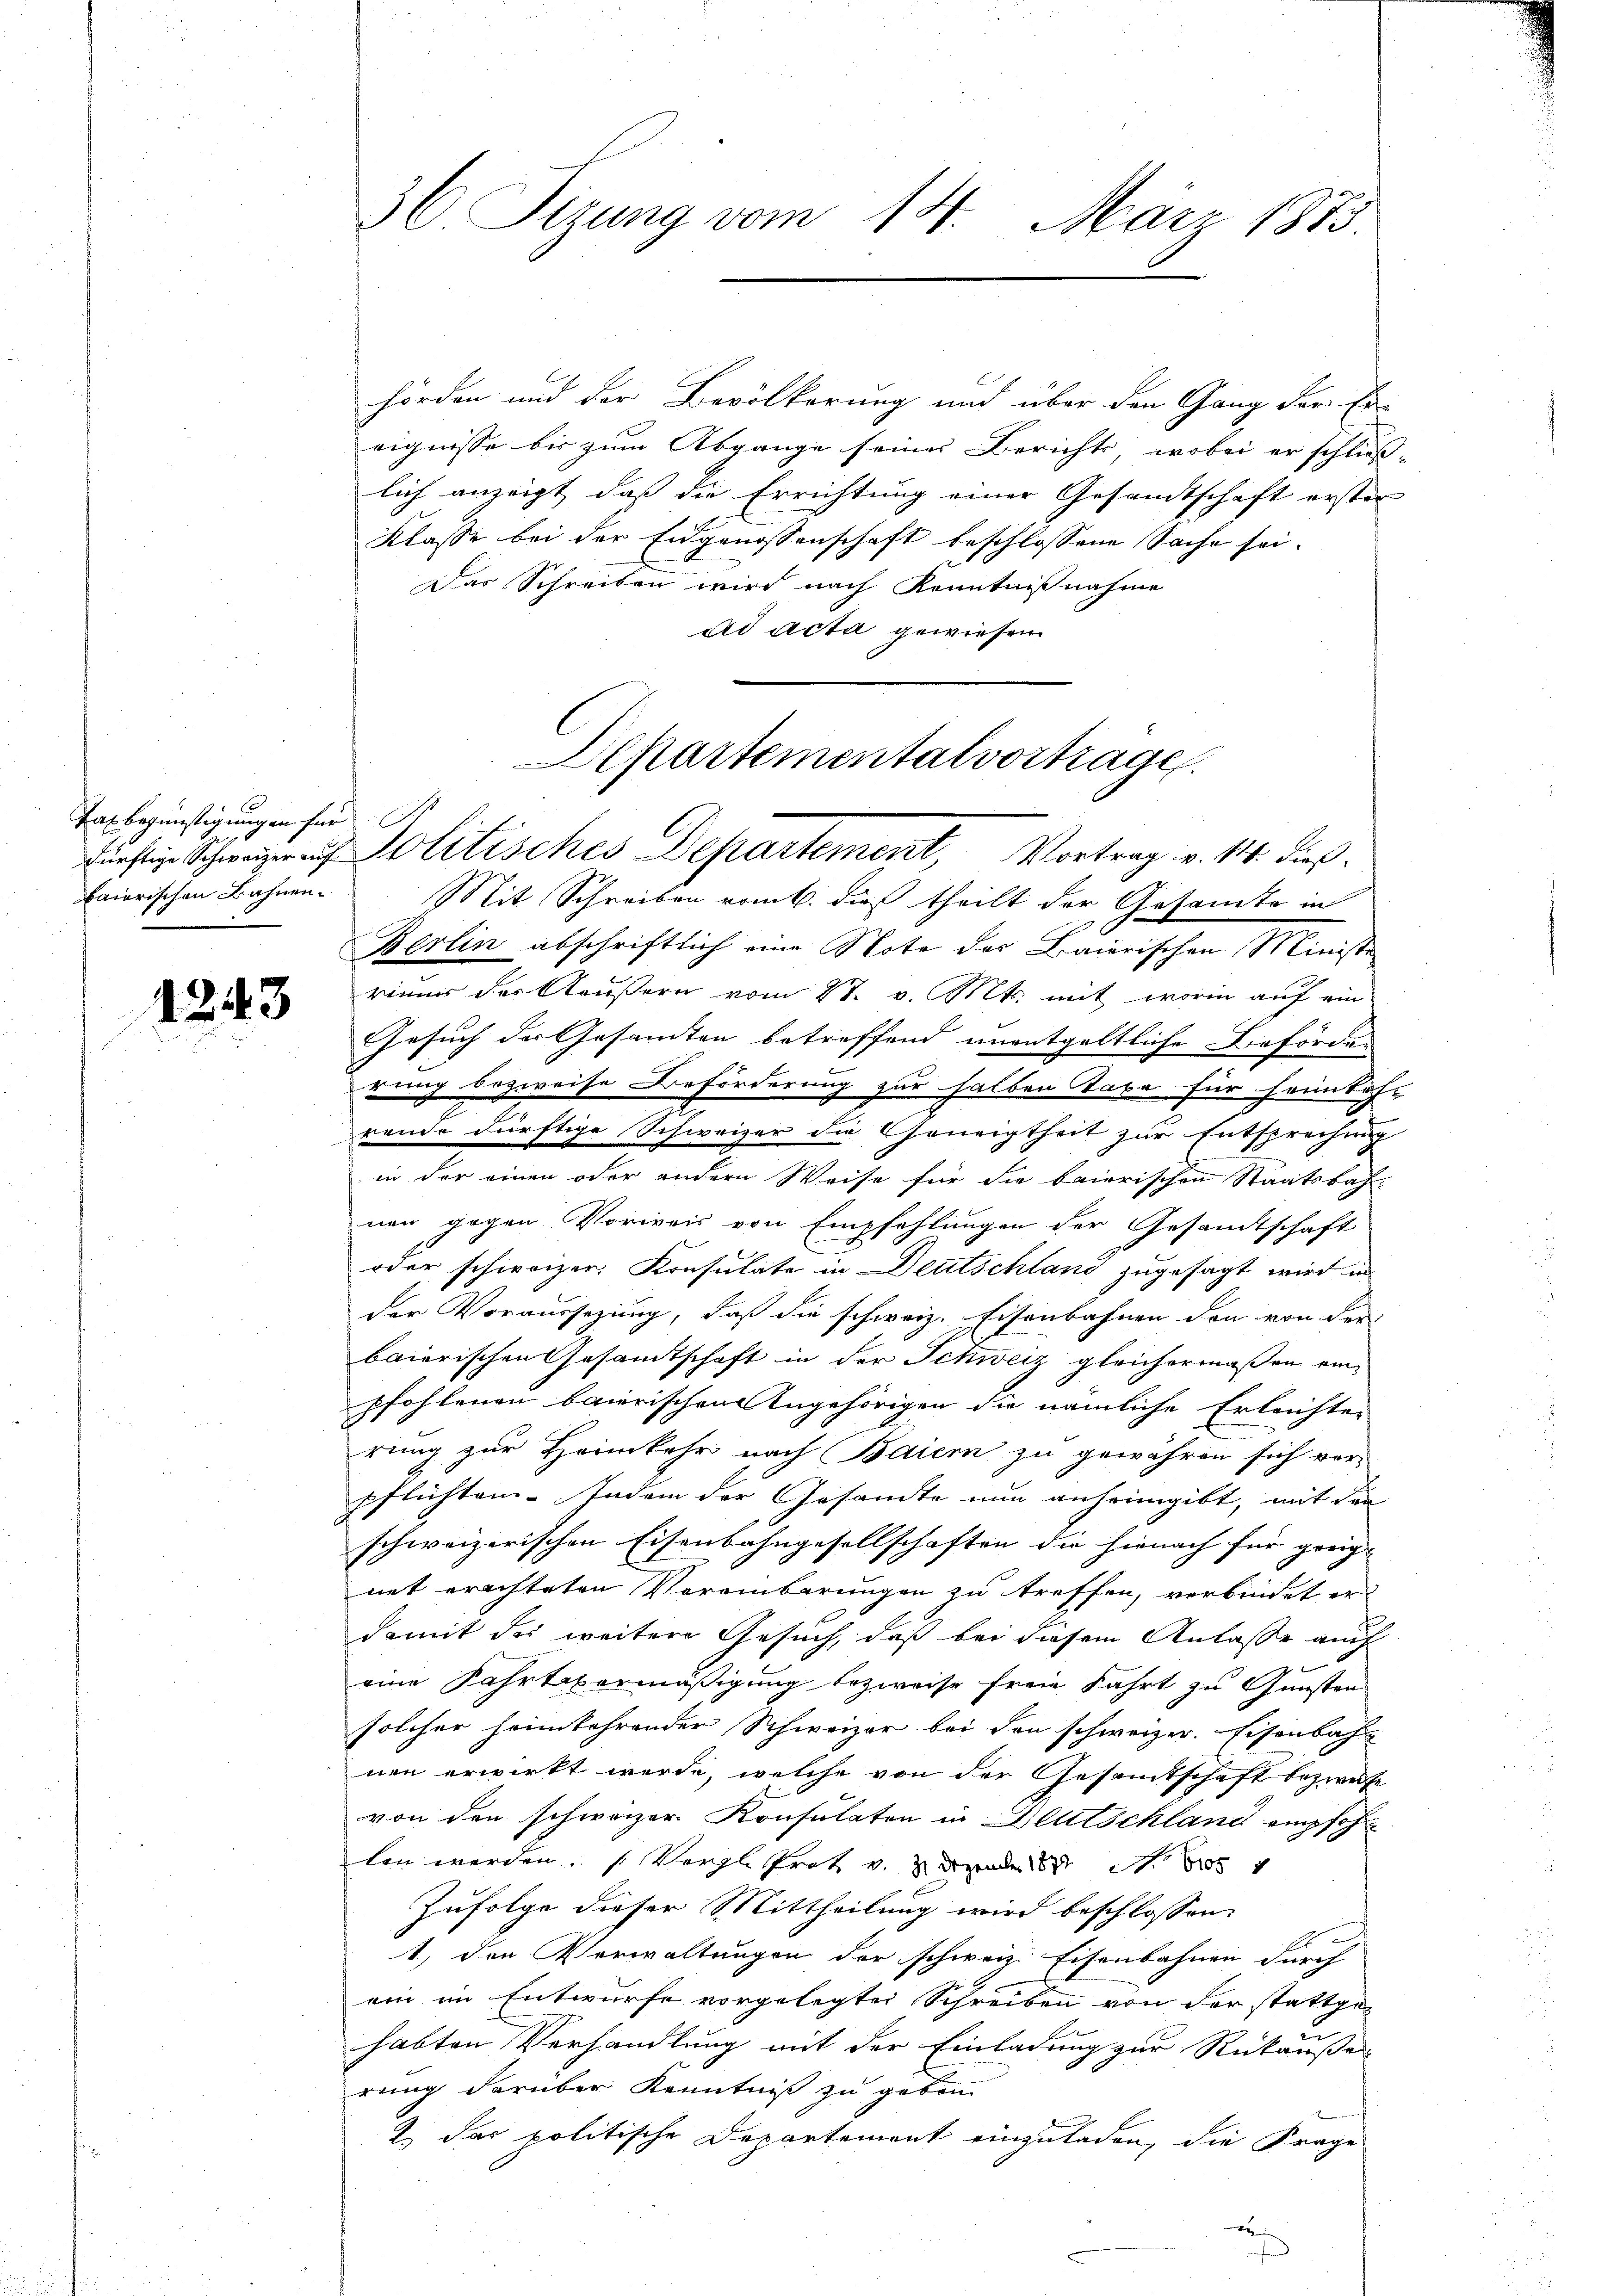
0
Taxbegünstigungen für
bairischen Bahnen.

1243

hörden und der Bevölkerung und über den Gang der Ereignisse bis zum Abgange seines Berichts, wobei er schlies-
lich anzeigt, daß die Errichtung einer Gesandtschaft erster
Klasse bei der Eidgenossenschaft beschlossene Sache sei.
Das Schreiben wird nach Kenntnißnahme
ad acta gewiesen

Mit Schreiben vom 6. dieß theilt der Gesamte in
Berlin abschriftlich eine Note des Baierischen Ministe
rimmer der Aeußern vom 27. v. Mts. mit worin auf ein
Gesuch der Gesamten betreffend unentgeltliche Beförden
rung bezweife Beförderung zur halben Taxe für Heimkah-
rende dürftige Schweizer die Geneigtheit zur Entsprechung
in der einen oder andern Weise für die baierischen Staatsbah
nen gegen Vorweis von Empfehlungen der Gesandtschaft
oder schweizer. Konsulate in Deutschland zugesagt wird in
der Voraussezung, daß die schweiz. Eisenbahnen den von der
baierischen Gesamtschaft in der Schweiz gleichermaßen ein
pfohlenen baierischen Angehörigen die nämliche Erleichten
rung zur Heimkehr nach Baiern zu gewähren sich ver-
pflichten. Indem der Gesandte nun anheimgibt, mit der
schweizerischen Eisenbahngesellschaften die hienach für greig
net erachteten Vereinbarungen zu treffen, verbindet er
damit der weitere Gesuch, daß bei diesem Anlasse auch
eine Fahrtevermäßigung bezweise freie Fahrt zu Gunsten
solcher heimkehrender Schweizer bei den schweizer. Eisenbah
nen erwirkt werde, welche von der Gesamtschaft bezweife
von den schweizer Konsulaten in Deutschland empfoh
len werden. (Verglehret u. zeigende es
Zufolge dieser Mittheilung wird beschlossen:
1., den Verwaltungen der schweiz. Eisenbahnen durch
ein im Entwurfe vorgelegten Schreiben von der stattgehabten Verhandlung mit der Einladung zur Rükäußer
rung darüber Kenntniß zu geben.
2 das politische Departement einzuladen, die Frage

36 Sizung vom 14. März 1873.

Departemental vortrage.
s Schweizer Politisches Departement, Vortrag v. 18. dieß¬